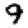
Digit: 9